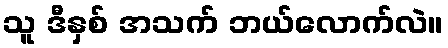
သူ ဒီနှစ် အသက် ဘယ်လောက်လဲ။